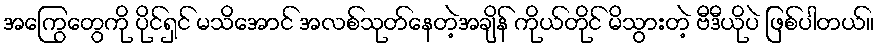
အကြွေတွေကို ပိုင်ရှင် မသိအောင် အလစ်သုတ်နေတဲ့အချိန် ကိုယ်တိုင် မိသွားတဲ့ ဗီဒီယိုပဲ ဖြစ်ပါတယ်။